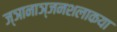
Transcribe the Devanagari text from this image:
ज्ञानाञ्जनशलाकया